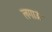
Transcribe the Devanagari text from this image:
लगाऊं